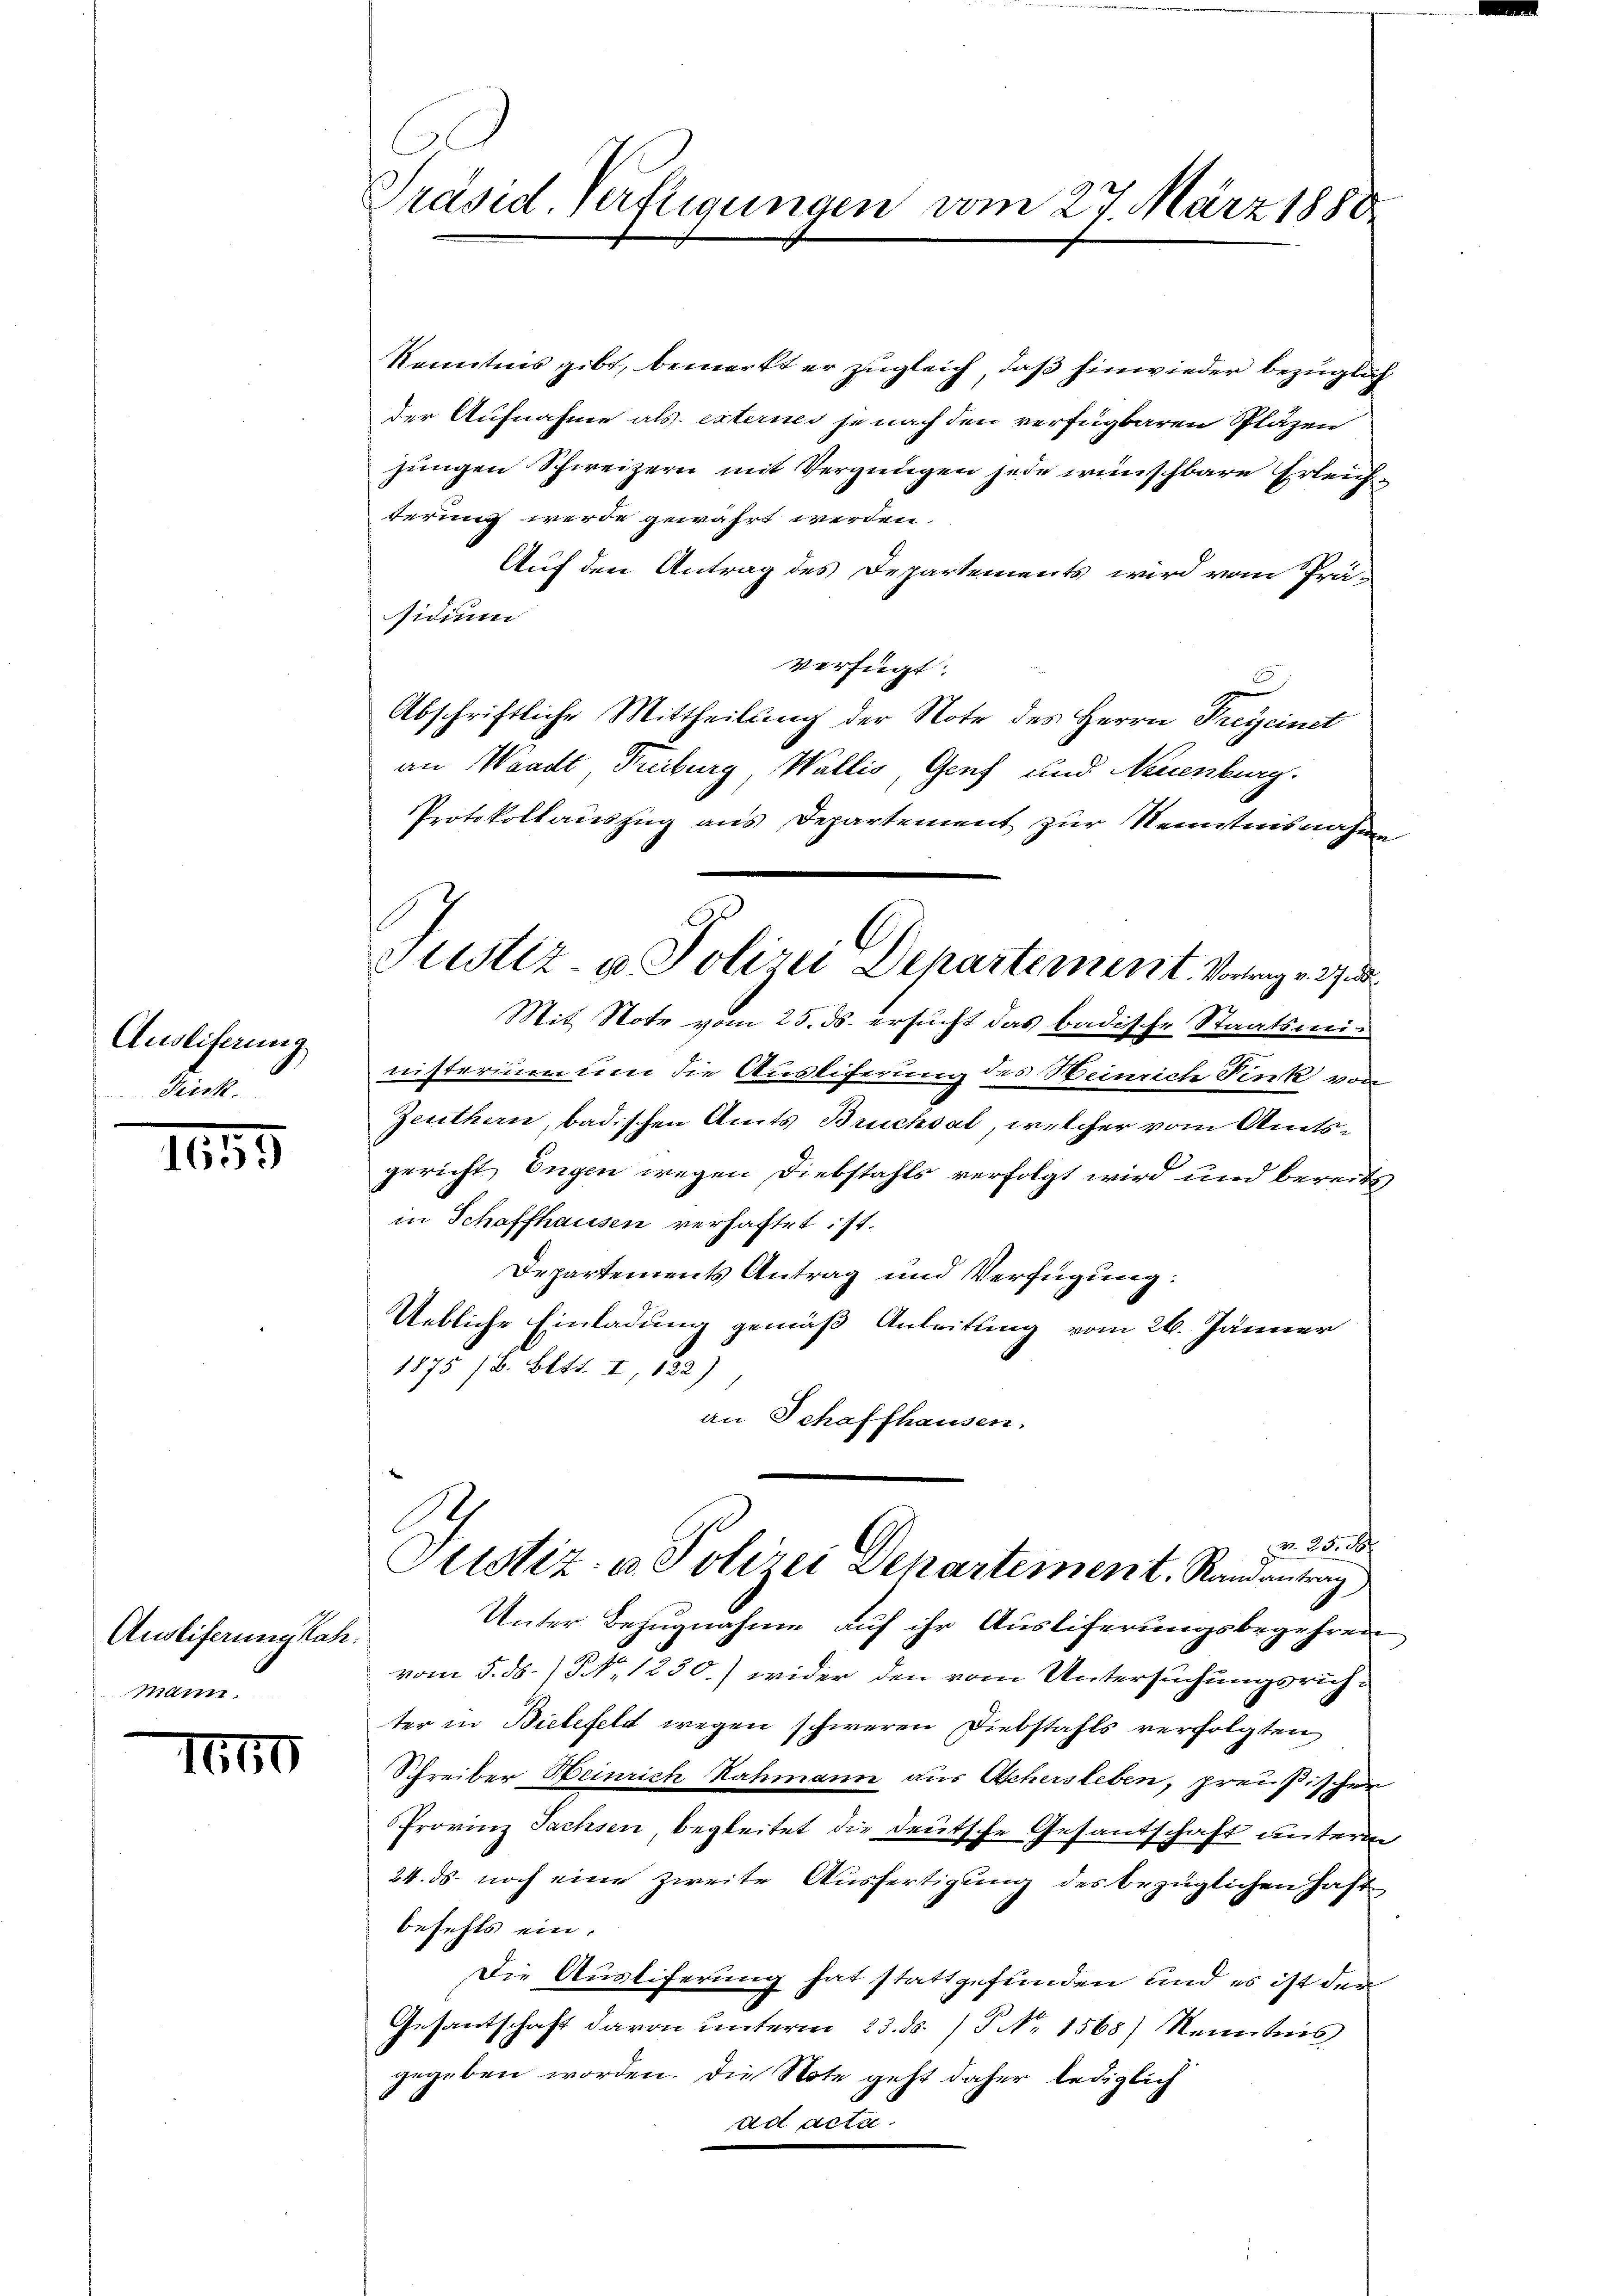
Ausliferung
Tick.

1655

Ausliferung sah.
mann.

I60

Präsid. Verfügungen vom 27. März 1888

Kenntnis gibt, bemerkt er zugleich, daß hinwieder bezüglich
der Aufnahme als externes je nach den verfügbaren Spläzen
jungen Schweizern mit Vergnügen jede wünschbare Erleichterung werde gewährt werden.
Auf den Antrag des Departements wird vom Präsidium
verfügt:
Abschriftliche Mittheilung der Note des Herrn Freycinet
an Waadt, Freiburg, Wallis, Genf und Neuenburg.
Protokollauszug aus Departement zur Semstnisnahme
Mit Note vom 25. ds. ersucht das badische Staatsministerium um die Ausliferung des Weinrich Denk von
Zeuthen, badischen Amts Brucksal, welcher vom Amtsgericht, Eugen wegen Diebstahls verfolgt wird und bereits
in Schaffhausen verhaftet ist.
Departements Antrag und Verfügung:
Uebliche Einladung gemäß Anleitung vom 26. Jänner
1572 f. betr. a., der
an Schaffhausen.
Nr. 25. 28
Justiz- u. Polizei Departement. Randantrag
Unter Bezugnahme auf ihr Ausliferungsbegehren
vom 5. ds. / NNo. 1230.) wider den vom Untersuchungsrichter in Bielefelt wegen schweren Diebstahls verfolgten
Schreiber Heinrich Rahmann aus Achersleben, preußischen
Provinz Sachsen begleitet die deutsche Gesandtschaft unterm
24. ds. noch eine zweite Ausfertigung des bezüglichen Haft
befehls ein.
Die Ausliferung hat stattgefunden und es ist der
Gesantschaft davon unterm 23. ds. / NNo. 1568) Kenntnis
gegeben worden. Die Note geht daher lediglich
ad acta.

Justiz- u Polizei Departement. Vortrag v. 27. 3